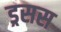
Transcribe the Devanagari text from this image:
ड्रसस